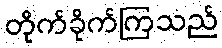
တိုက်ခိုက်ကြသည်